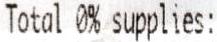
TOTAL 0% SUPPLIES: